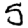
Digit: 5